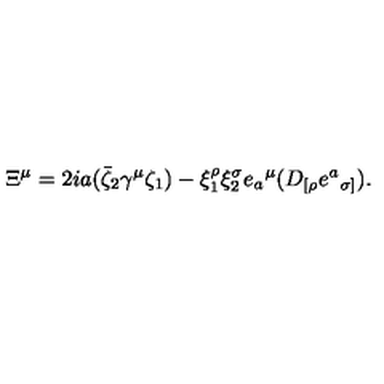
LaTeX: \Xi ^ { \mu } = 2 i a ( \bar { \zeta } _ { 2 } \gamma ^ { \mu } \zeta _ { 1 } ) - \xi _ { 1 } ^ { \rho } \xi _ { 2 } ^ { \sigma } e { _ a } ^ { \mu } ( D _ { [ \rho } e { ^ a } _ { \sigma ] } ) .